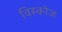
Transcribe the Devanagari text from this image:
विस्कोज